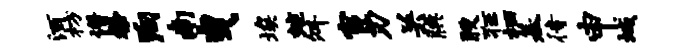
洒枋谱粲殉南曳埃蜿舛宦刃关腆腴狂栖基待申城